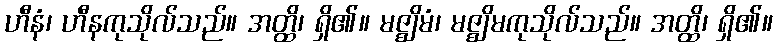
ဟီနံ၊ ဟီနကုသိုလ်သည်။ အတ္ထိ၊ ရှိ၏။ မဇ္ဈိမံ၊ မဇ္ဈိမကုသိုလ်သည်။ အတ္ထိ၊ ရှိ၏။